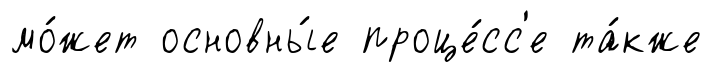
мо́жет основны́е проце́сс'е та́кже